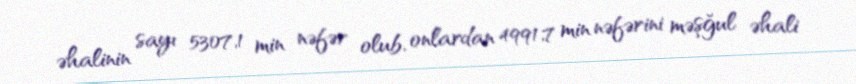
əhalinin sayı 5307,1 min nəfər olub, onlardan 4991,7 min nəfərini məşğul əhali